Civil Veterinary Dept. Bombay admin report 1907-1913 - 1907-1913
Year: 1907
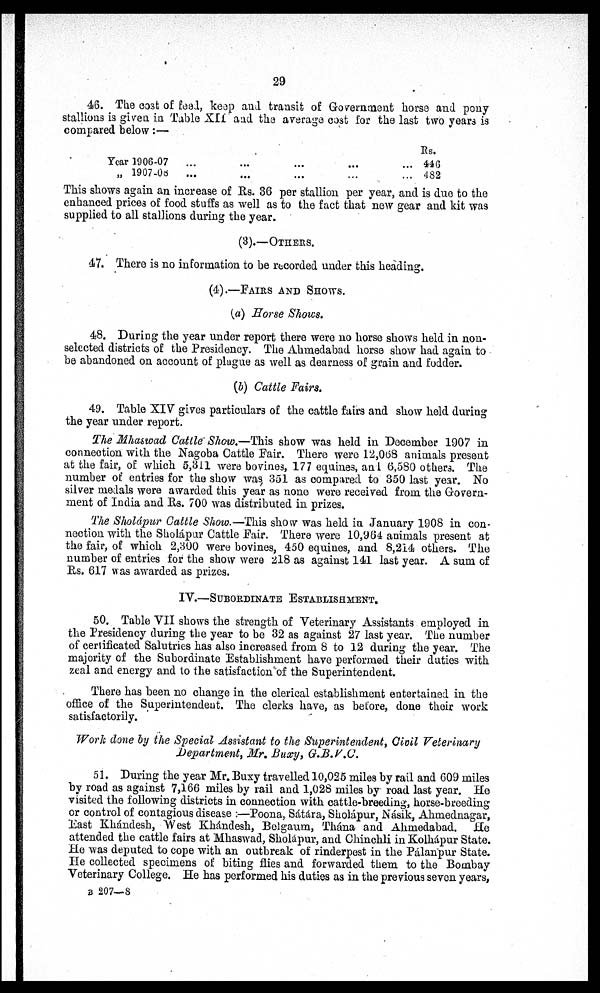
29
46. The cost of feel, keep and transit of Government horse and pony
stallions is given in Table XII and the average cost for the last two years is
compared below:—
Year 1906-07
„ 1907-08
...
...
...
...
...
...
...
...
Rs.
... 446
... 482
This shows again an increase of Rs. 36 per stallion per year, and is duo to the
enhanced prices of food stuffs as well as to the fact that new gear and kit was
supplied to all stallions during the year.
(3).—OTHERS.
47. There is no information to be recorded under this heading.
(4).—FAIRS AND SHOWS.
(a) Horse Shows.
48. During the year under report there were no horse shows held in non-
selected districts of the Presidency. The Ahmeabad horse show had again to
be abandoned on account of plague as well as dearness of grain and fodder.
(b) Cattle Fairs.
49. Table XIV gives particulars of the cattle fairs and show held during
the year under report.
The Mhaswad Cattle Show.—This show was held in December 1907 in
connection with the Nagoba Cattle Fair. There were 12,068 animals present
at the fair, of which 5,311 were bovines, 177 equiues, and 6,580 others. The
number of entries for the show was 351 as compared to 350 la9t year. No
silver medals were awarded this year as none were received from the Govern-
ment of India and Rs. 700 was distributed in prizes.
The Sholápur Cattle Show.—This show was held in January 1908 in con-
nection with the Sholápur Cattle Fair. There were 10,904 animals present at
the fair, of which 2,300 were bovines, 450 equines, and 8,214 others. The
number of entries for the show were 218 as against 141 last year. A sum of
Rs. 617 was awarded as prizes.
IV.—SUBORDINATE ESTABLISHMENT.
50. Table VII shows the strength of Veterinary Assistants employed in
the Presidency during the year to be 32 as against 27 last year. The number
of certificated Salutries has also increased from 8 to 12 during the year. The
majority of the Subordinate Establishment have performed their duties with
zeal and energy and to the satisfaction of the Superintendent.
There has been no change in the clerical establishment entertained in the
office of the Superintendent. The clerks have, as before, done their work
satisfactorily.
Work done by the Special Assistant to the Superintendent, Civil Veterinary
Department, Mr. Buxy, G.B.V.C.
51. During the year Mr. Busy travelled 10,026 miles by rail and G09 miles
by road as against 7,166 miles by rail and 1,028 miles by road last year. He
visited the following districts in connection with cattle-breeding, horse-breeding
or control of contagious disease :—Poona, Sátára, Sholápur, Násik, Ahmednagar,
East Khandesh, West Khandesh, Bel gaum, Thana and Ahmedabad. He
attended the cattle fairs at Mhaswad, Sholapur, and Chinchli in Kolhapur State.
He was deputed to cope with an outbreak of rinderpest in the Pálanpur State.
He collected specimens of biting flies and forwarded them to the Bombay
Veterinary College. He has performed his duties as in the previous seven years,
B 207—8